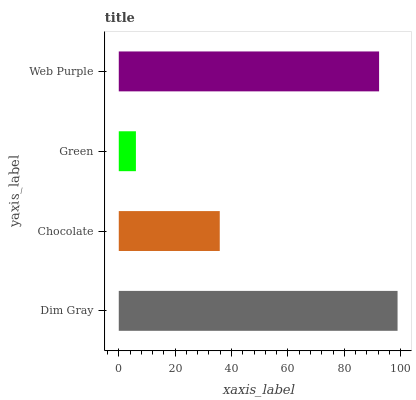
| yaxis_label | bars |
 | --- | --- |
 | Dim Gray | 98.9 |
 | Chocolate | 35.8 |
 | Green | 6.08 |
 | Web Purple | 92.3 |